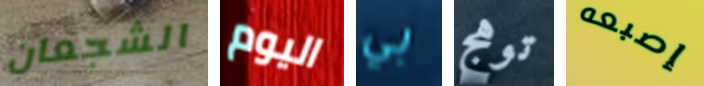
الشجعان اليوم بي توهج إصبعه